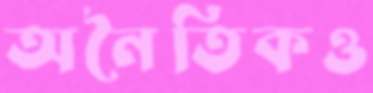
অনৈতিকও